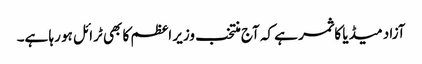
آزاد میڈیا کا ثمر ہے کہ آج منتخب وزیر اعظم کا بھی ٹرائل ہو رہا ہے۔